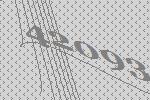
42093